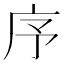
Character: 序